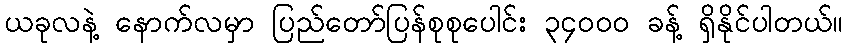
ယခုလနဲ့ နောက်လမှာ ပြည်တော်ပြန်စုစုပေါင်း ၃၄၀၀၀ ခန့် ရှိနိုင်ပါတယ်။